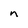
Character: n